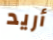
أريد